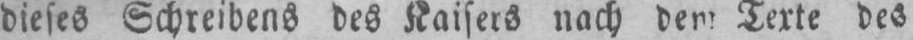
Texte des